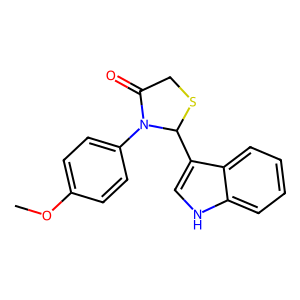
SMILES: COc1ccc(N2C(=O)CSC2c2c[nH]c3ccccc23)cc1
Inhibits HIV replication: No